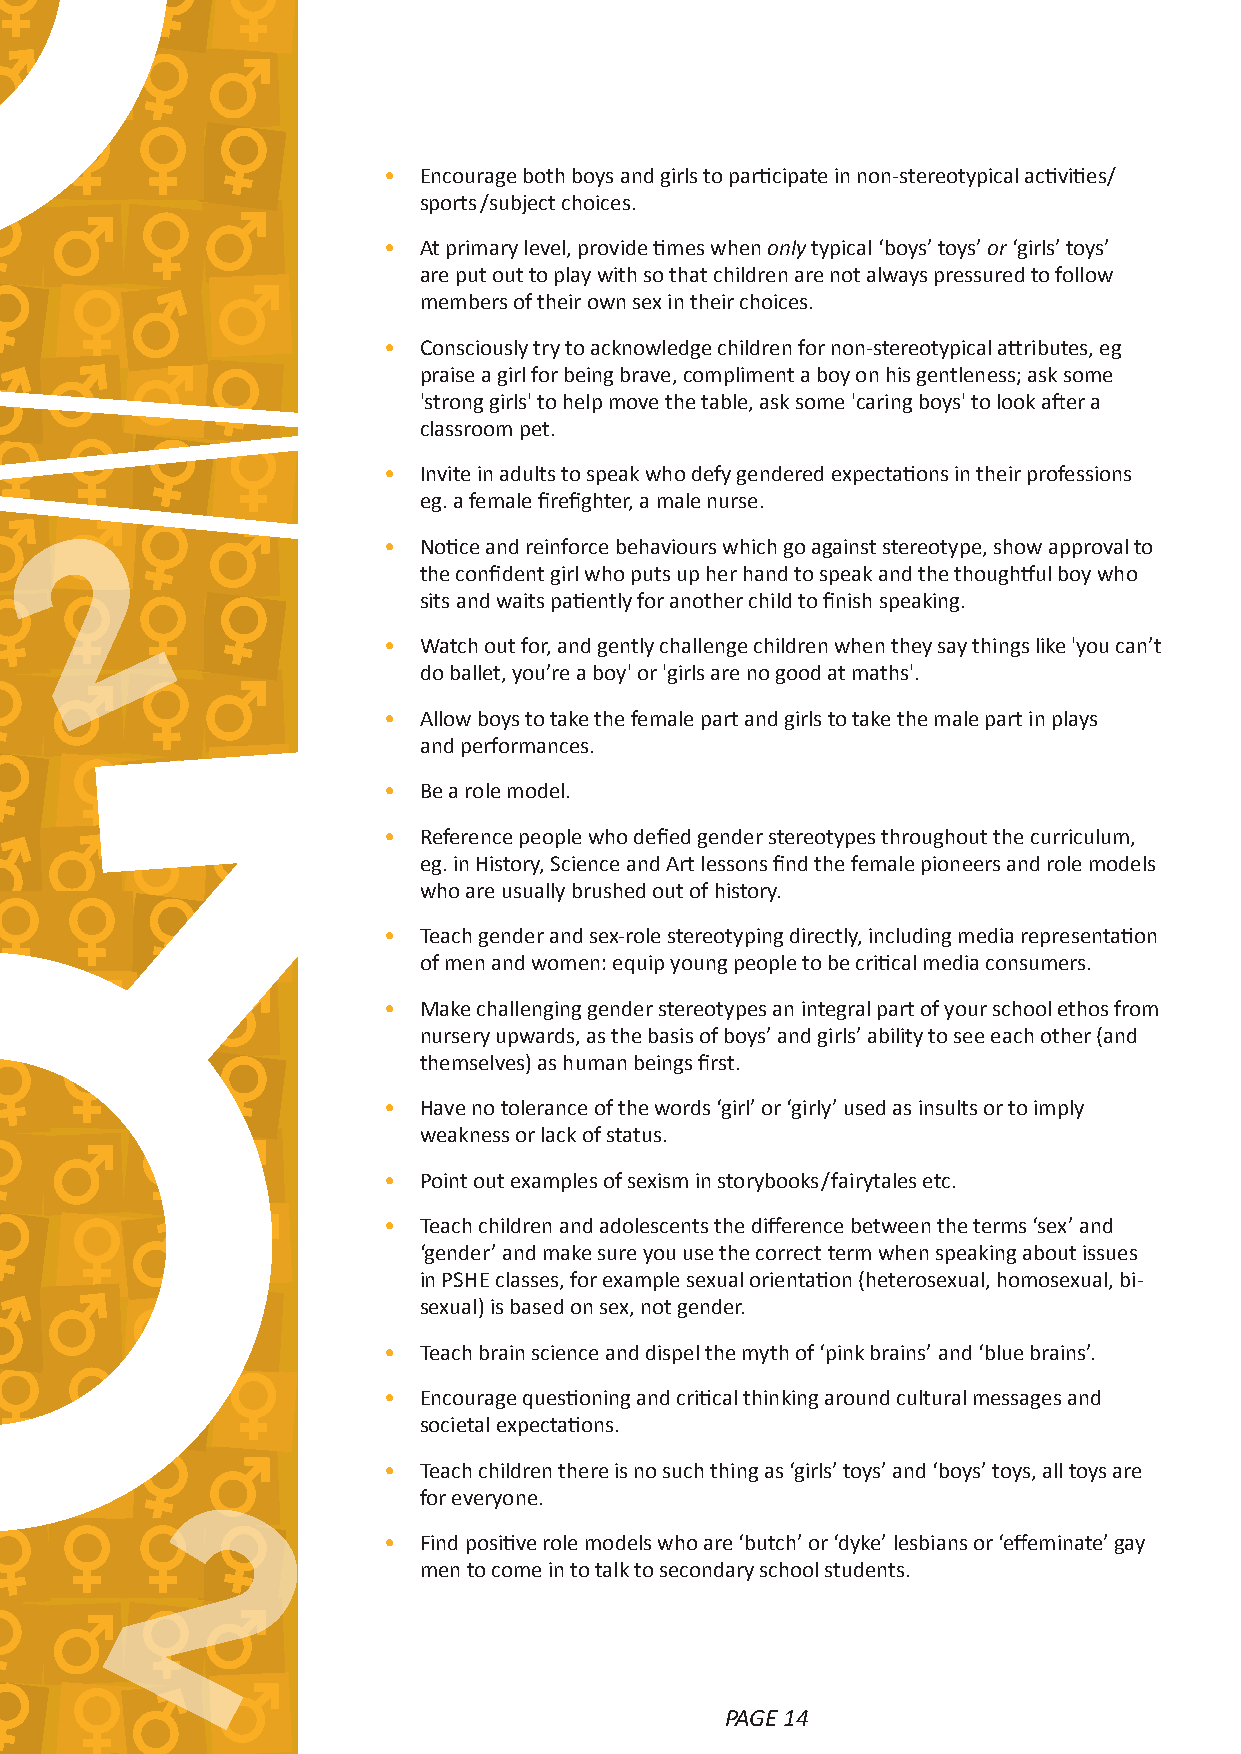
•  Encourage both boys and girls to participate in non‑stereotypical activities/
 sports/subject choices.
 •  At primary level, provide times when only typical ‘boys’ toys’ or ‘girls’ toys’
 are put out to play with so that children are not always pressured to follow
 members of their own sex in their choices.
 •  Consciously try to acknowledge children for non‑stereotypical attributes, eg
 praise a girl for being brave, compliment a boy on his gentleness; ask some
 'strong girls' to help move the table, ask some 'caring boys' to look after a
 classroom pet.
 •  Invite in adults to speak who defy gendered expectations in their professions
 eg. a female firefighter, a male nurse.
 •  Notice and reinforce behaviours which go against stereotype, show approval to
 2
 the confident girl who puts up her hand to speak and the thoughtful boy who
 sits and waits patiently for another child to finish speaking.
 •  Watch out for, and gently challenge children when they say things like 'you can’t
 do ballet, you’re a boy' or 'girls are no good at maths'.
 •  Allow boys to take the female part and girls to take the male part in plays
 and performances.
 •  Be a role model.
 •  Reference people who defied gender stereotypes throughout the curriculum,
 eg. in History, Science and Art lessons find the female pioneers and role models
 who are usually brushed out of history.
 •  Teach gender and sex‑role stereotyping directly, including media representation
 of men and women: equip young people to be critical media consumers.
 •  Make challenging gender stereotypes an integral part of your school ethos from
 nursery upwards, as the basis of boys’ and girls’ ability to see each other (and
 themselves) as human beings first.
 •  Have no tolerance of the words ‘girl’ or ‘girly’ used as insults or to imply
 weakness or lack of status.
 •  Point out examples of sexism in storybooks/fairytales etc.
 •  Teach children and adolescents the difference between the terms ‘sex’ and
 ‘gender’ and make sure you use the correct term when speaking about issues
 in PSHE classes, for example sexual orientation (heterosexual, homosexual, bi‑
 sexual) is based on sex, not gender.
 •  Teach brain science and dispel the myth of ‘pink brains’ and ‘blue brains’.
 •  Encourage questioning and critical thinking around cultural messages and
 societal expectations.
 •  Teach children there is no such thing as ‘girls’ toys’ and ‘boys’ toys, all toys are
 for everyone.
 •  Find positive role models who are ‘butch’ or ‘dyke’ lesbians or ‘effeminate’ gay
 men to come in to talk to secondary school students.
 2
 PAGE 14